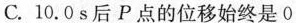
C.10.0s后P点的位移始终是0